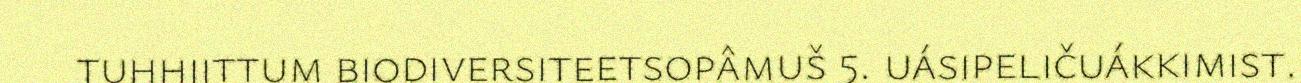
tuhhiittum biodiversiteetsopâmuš 5. uásipeličuákkimist.